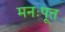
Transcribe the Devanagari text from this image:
मनःपूत